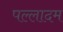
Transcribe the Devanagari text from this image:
पल्लादम